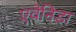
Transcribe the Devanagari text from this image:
एवेनिडा